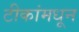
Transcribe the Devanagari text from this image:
टीकांमधून